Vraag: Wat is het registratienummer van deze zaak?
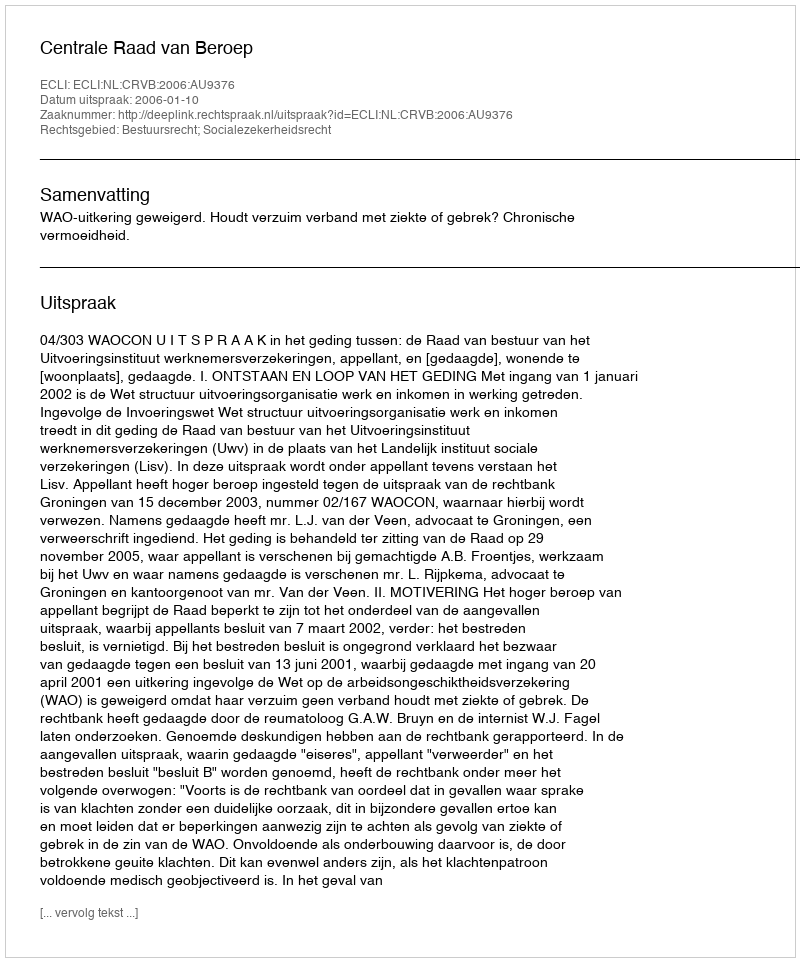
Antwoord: http://deeplink.rechtspraak.nl/uitspraak?id=ECLI:NL:CRVB:2006:AU9376